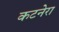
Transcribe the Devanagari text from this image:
कटनेरा